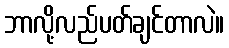
ဘာလို့လည်ပတ်ချင်တာလဲ။